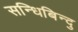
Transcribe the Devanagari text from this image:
सन्धिबिन्दु